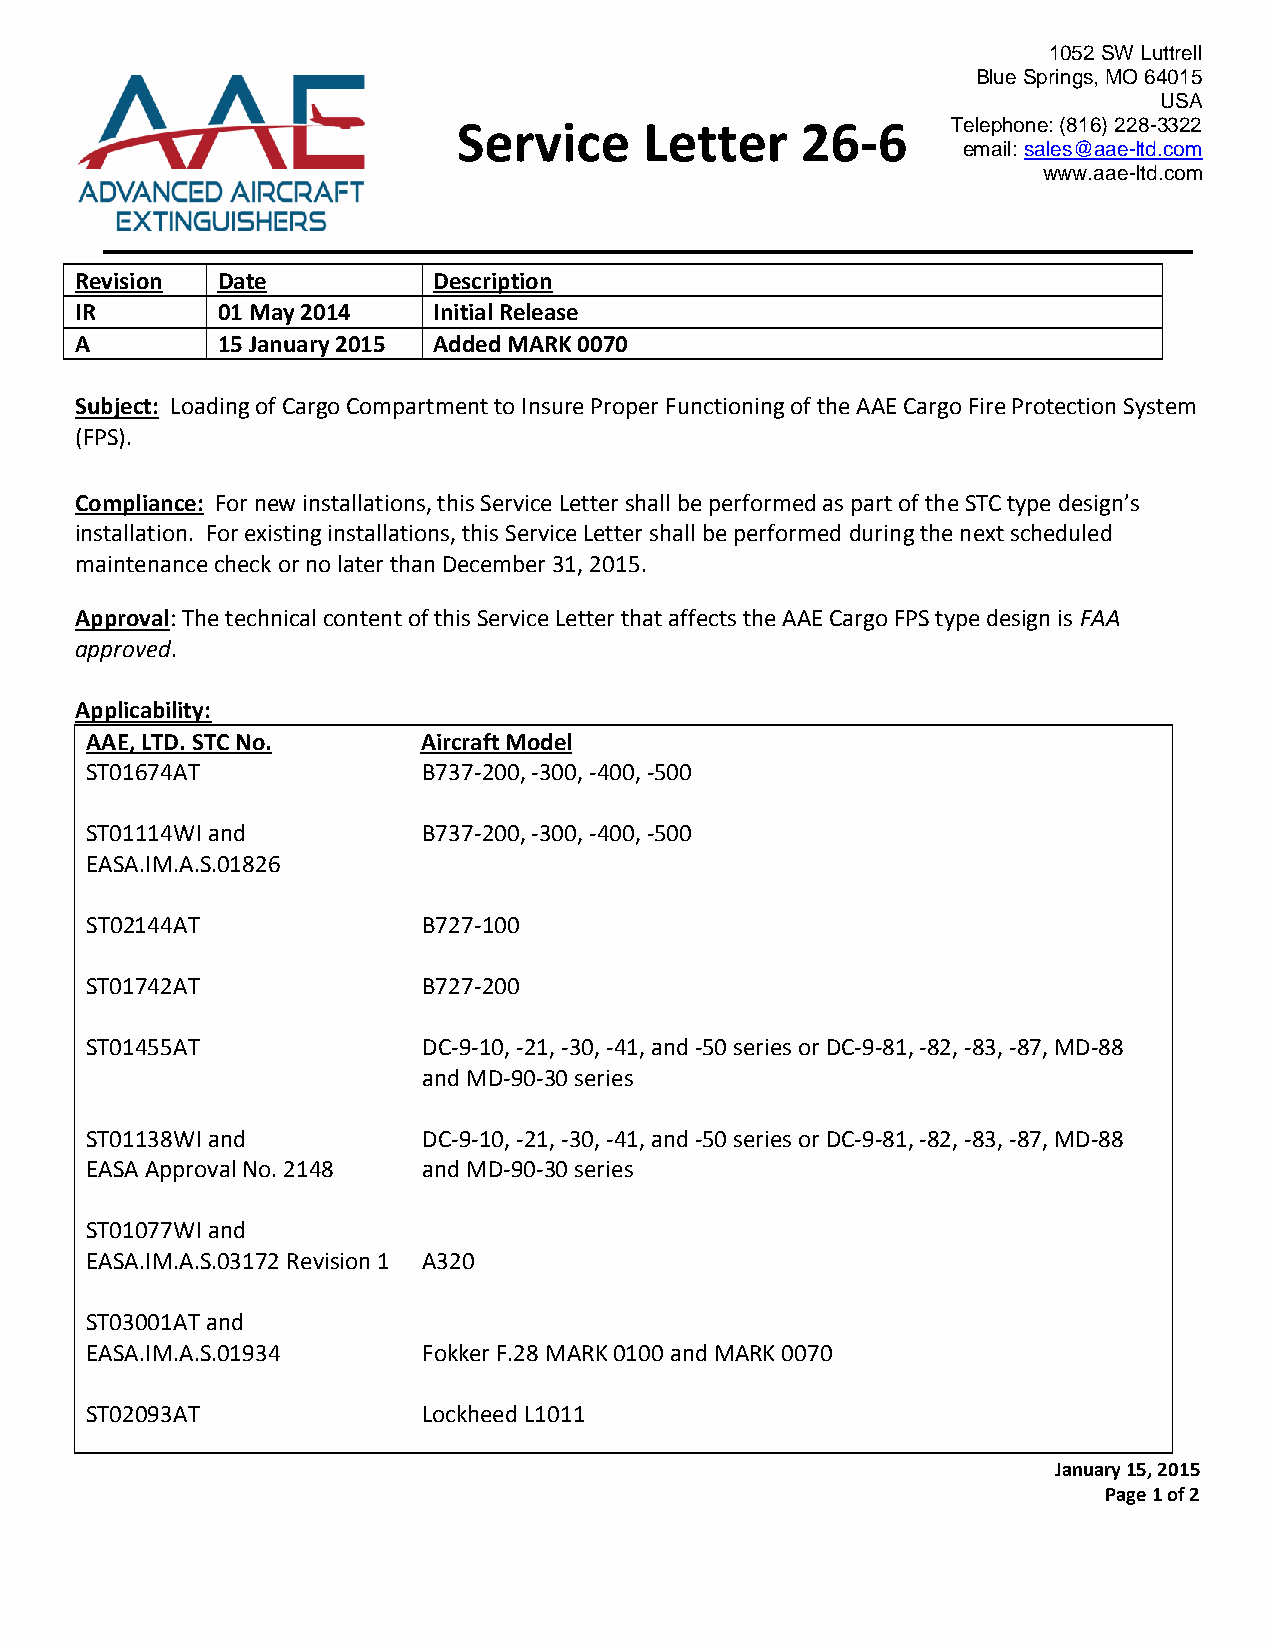
1052 SW Luttrell
 Blue Springs, MO 64015
 USA
 Service      Letter    26-6      Telephone: (816) 228-3322
 email: sales@aae-ltd.com
 www.aae-ltd.com
 Revision Date           Description
 IR       01 May 2014    Initial Release
 A        15 January 2015 Added MARK 0070
 Subject: Loading of Cargo Compartment to Insure Proper Functioning of the AAE Cargo Fire Protection System
 (FPS).
 Compliance: For new installations, this Service Letter shall be performed as part of the STC type design’s
 installation. For existing installations, this Service Letter shall be performed during the next scheduled
 maintenance check or no later than December 31, 2015.
 Approval: The technical content of this Service Letter that affects the AAE Cargo FPS type design is FAA
 approved.
 Applicability:
 AAE, LTD. STC No.     Aircraft Model
 ST01674AT             B737-200, -300, -400, -500
 ST01114WI and         B737-200, -300, -400, -500
 EASA.IM.A.S.01826
 ST02144AT             B727-100
 ST01742AT             B727-200
 ST01455AT             DC-9-10, -21, -30, -41, and -50 series or DC-9-81, -82, -83, -87, MD-88
 and MD-90-30 series
 ST01138WI and         DC-9-10, -21, -30, -41, and -50 series or DC-9-81, -82, -83, -87, MD-88
 EASA Approval No. 2148 and MD-90-30 series
 ST01077WI and
 EASA.IM.A.S.03172 Revision 1 A320
 ST03001AT and
 EASA.IM.A.S.01934     Fokker F.28 MARK 0100 and MARK 0070
 ST02093AT             Lockheed L1011
 January 15, 2015
 Page 1 of 2